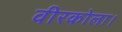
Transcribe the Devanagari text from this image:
वीरकोला।